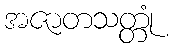
အဇာတသတ္တုံ